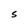
Character: S